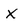
Character: X